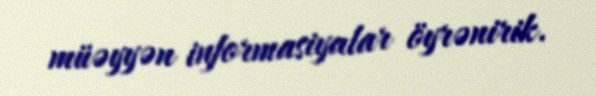
müəyyən informasiyalar öyrənirik.